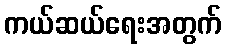
ကယ်ဆယ်ရေးအတွက်